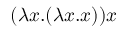
( \lambda x . ( \lambda x . x ) ) x